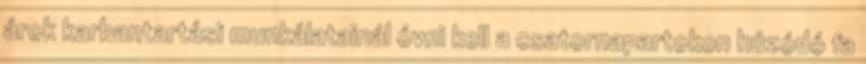
árok karbantartási munkálatainál óvni kell a csatornapartokon húzódó fa